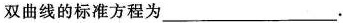
双曲线的标准方程为___。